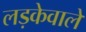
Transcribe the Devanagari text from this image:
लड़केवाले